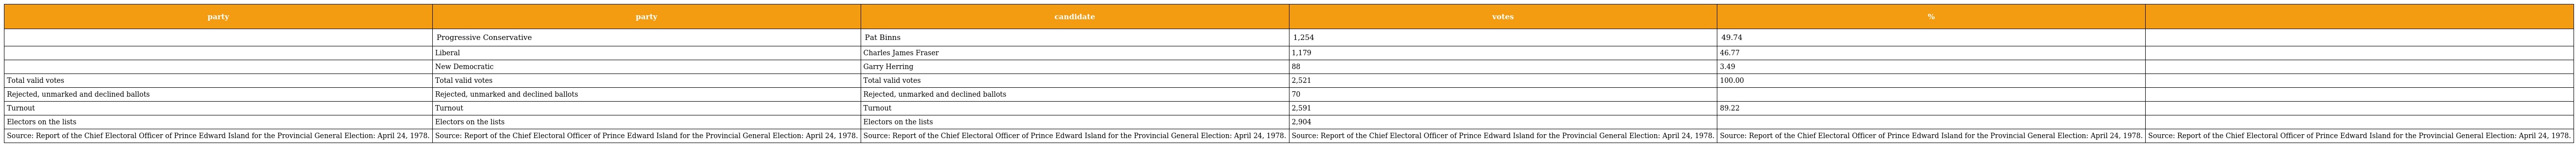
| party | party | candidate | votes | % |  |
 | --- | --- | --- | --- | --- | --- |
 |  | Progressive Conservative | Pat Binns | 1,254 | 49.74 |  |
 |  | Liberal | Charles James Fraser | 1,179 | 46.77 |  |
 |  | New Democratic | Garry Herring | 88 | 3.49 |  |
 | Total valid votes | Total valid votes | Total valid votes | 2,521 | 100.00 |  |
 | Rejected, unmarked and declined ballots | Rejected, unmarked and declined ballots | Rejected, unmarked and declined ballots | 70 |  |  |
 | Turnout | Turnout | Turnout | 2,591 | 89.22 |  |
 | Electors on the lists | Electors on the lists | Electors on the lists | 2,904 |  |  |
 | Source: Report of the Chief Electoral Officer of Prince Edward Island for the Provincial General Election: April 24, 1978. | Source: Report of the Chief Electoral Officer of Prince Edward Island for the Provincial General Election: April 24, 1978. | Source: Report of the Chief Electoral Officer of Prince Edward Island for the Provincial General Election: April 24, 1978. | Source: Report of the Chief Electoral Officer of Prince Edward Island for the Provincial General Election: April 24, 1978. | Source: Report of the Chief Electoral Officer of Prince Edward Island for the Provincial General Election: April 24, 1978. | Source: Report of the Chief Electoral Officer of Prince Edward Island for the Provincial General Election: April 24, 1978. |